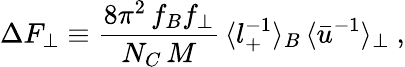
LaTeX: \Delta F_{\perp}\equiv\frac{8\pi^{2}\, f_{B}f_{\perp}}{N_{C}\, M}\, \langle l_{+}^{-1}\rangle_{B}\, \langle\bar{u}^{-1}\rangle_{\perp}\ ,